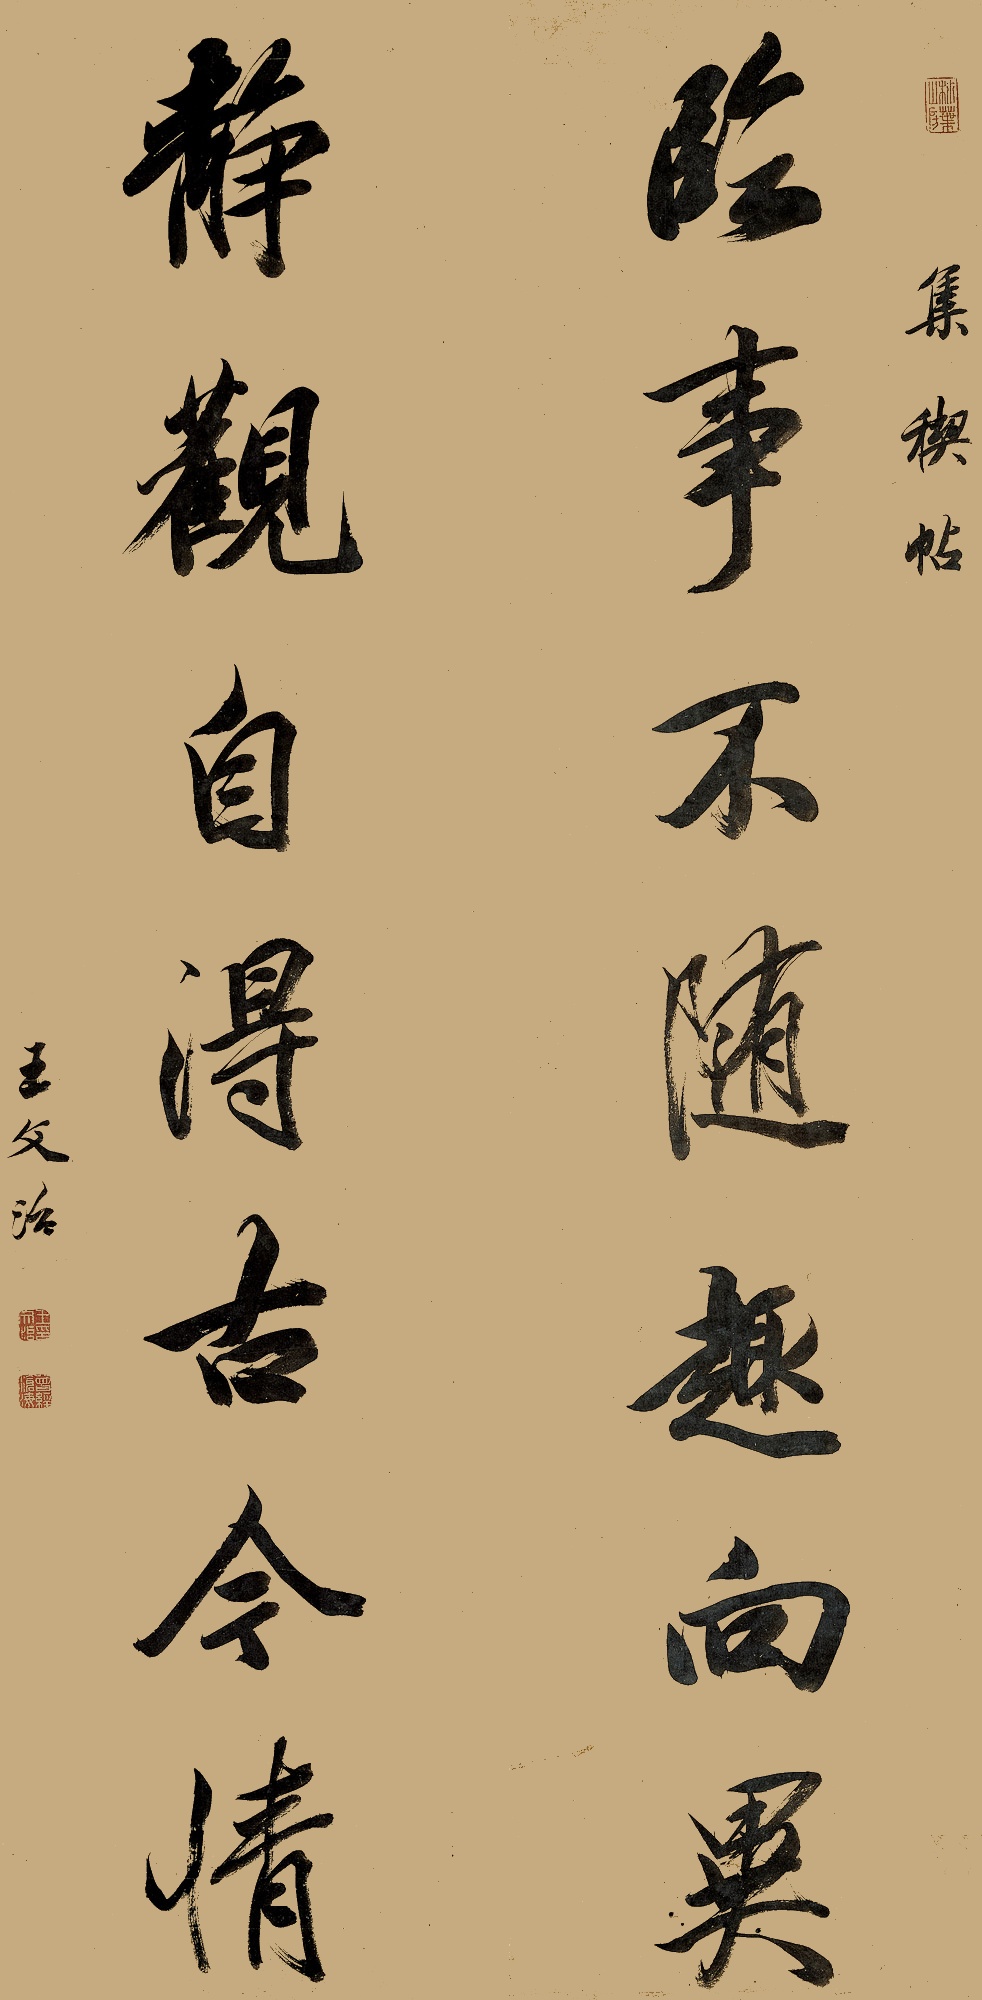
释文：临事不随趣向异，静观自得古今情。集稧帖。王文治。